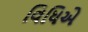
વિધિએ